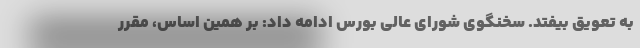
به تعویق بیفتد. سخنگوی شورای عالی بورس ادامه داد: بر همین اساس، مقرر